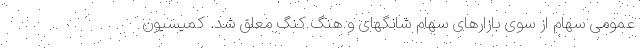
عمومی سهام از سوی بازارهای سهام شانگهای و هنگ کنگ معلق شد. کمیسیون